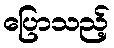
ပြောသည့်